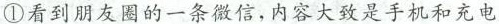
①看到朋友圈的一条微信，内容大致是手机和充电